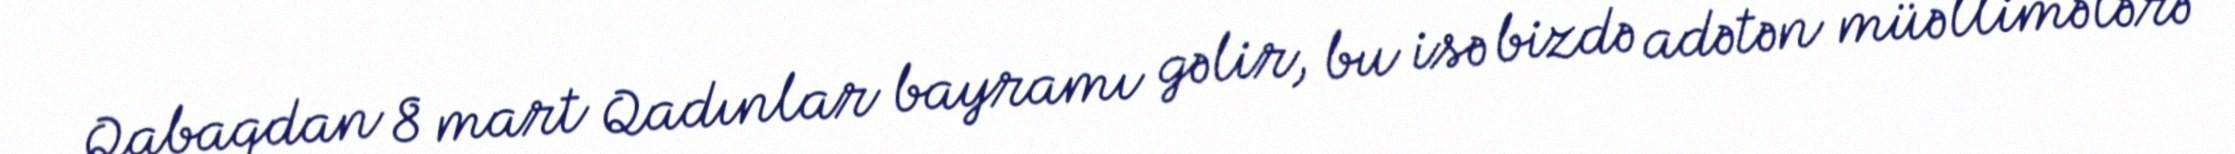
Qabaqdan 8 mart Qadınlar bayramı gəlir, bu isə bizdə adətən müəllimələrə